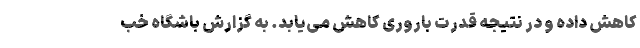
کاهش داده و در نتیجه قدرت باروری کاهش می‌یابد. به گزارش باشگاه خب